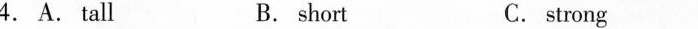
( ) 2. A.Lovely B. happy C. many